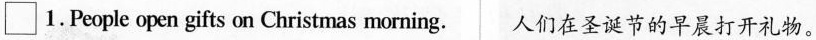
\Box 1. People open gifts on Christmas morning 人们在圣诞节的早晨打开礼物。